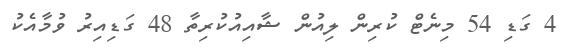
4 ގަޑި 54 މިނެޓް ކުރިން ލިއުން ޝާއިއުކުރިތާ 48 ގަޑިއިރު ވުމާއެކު